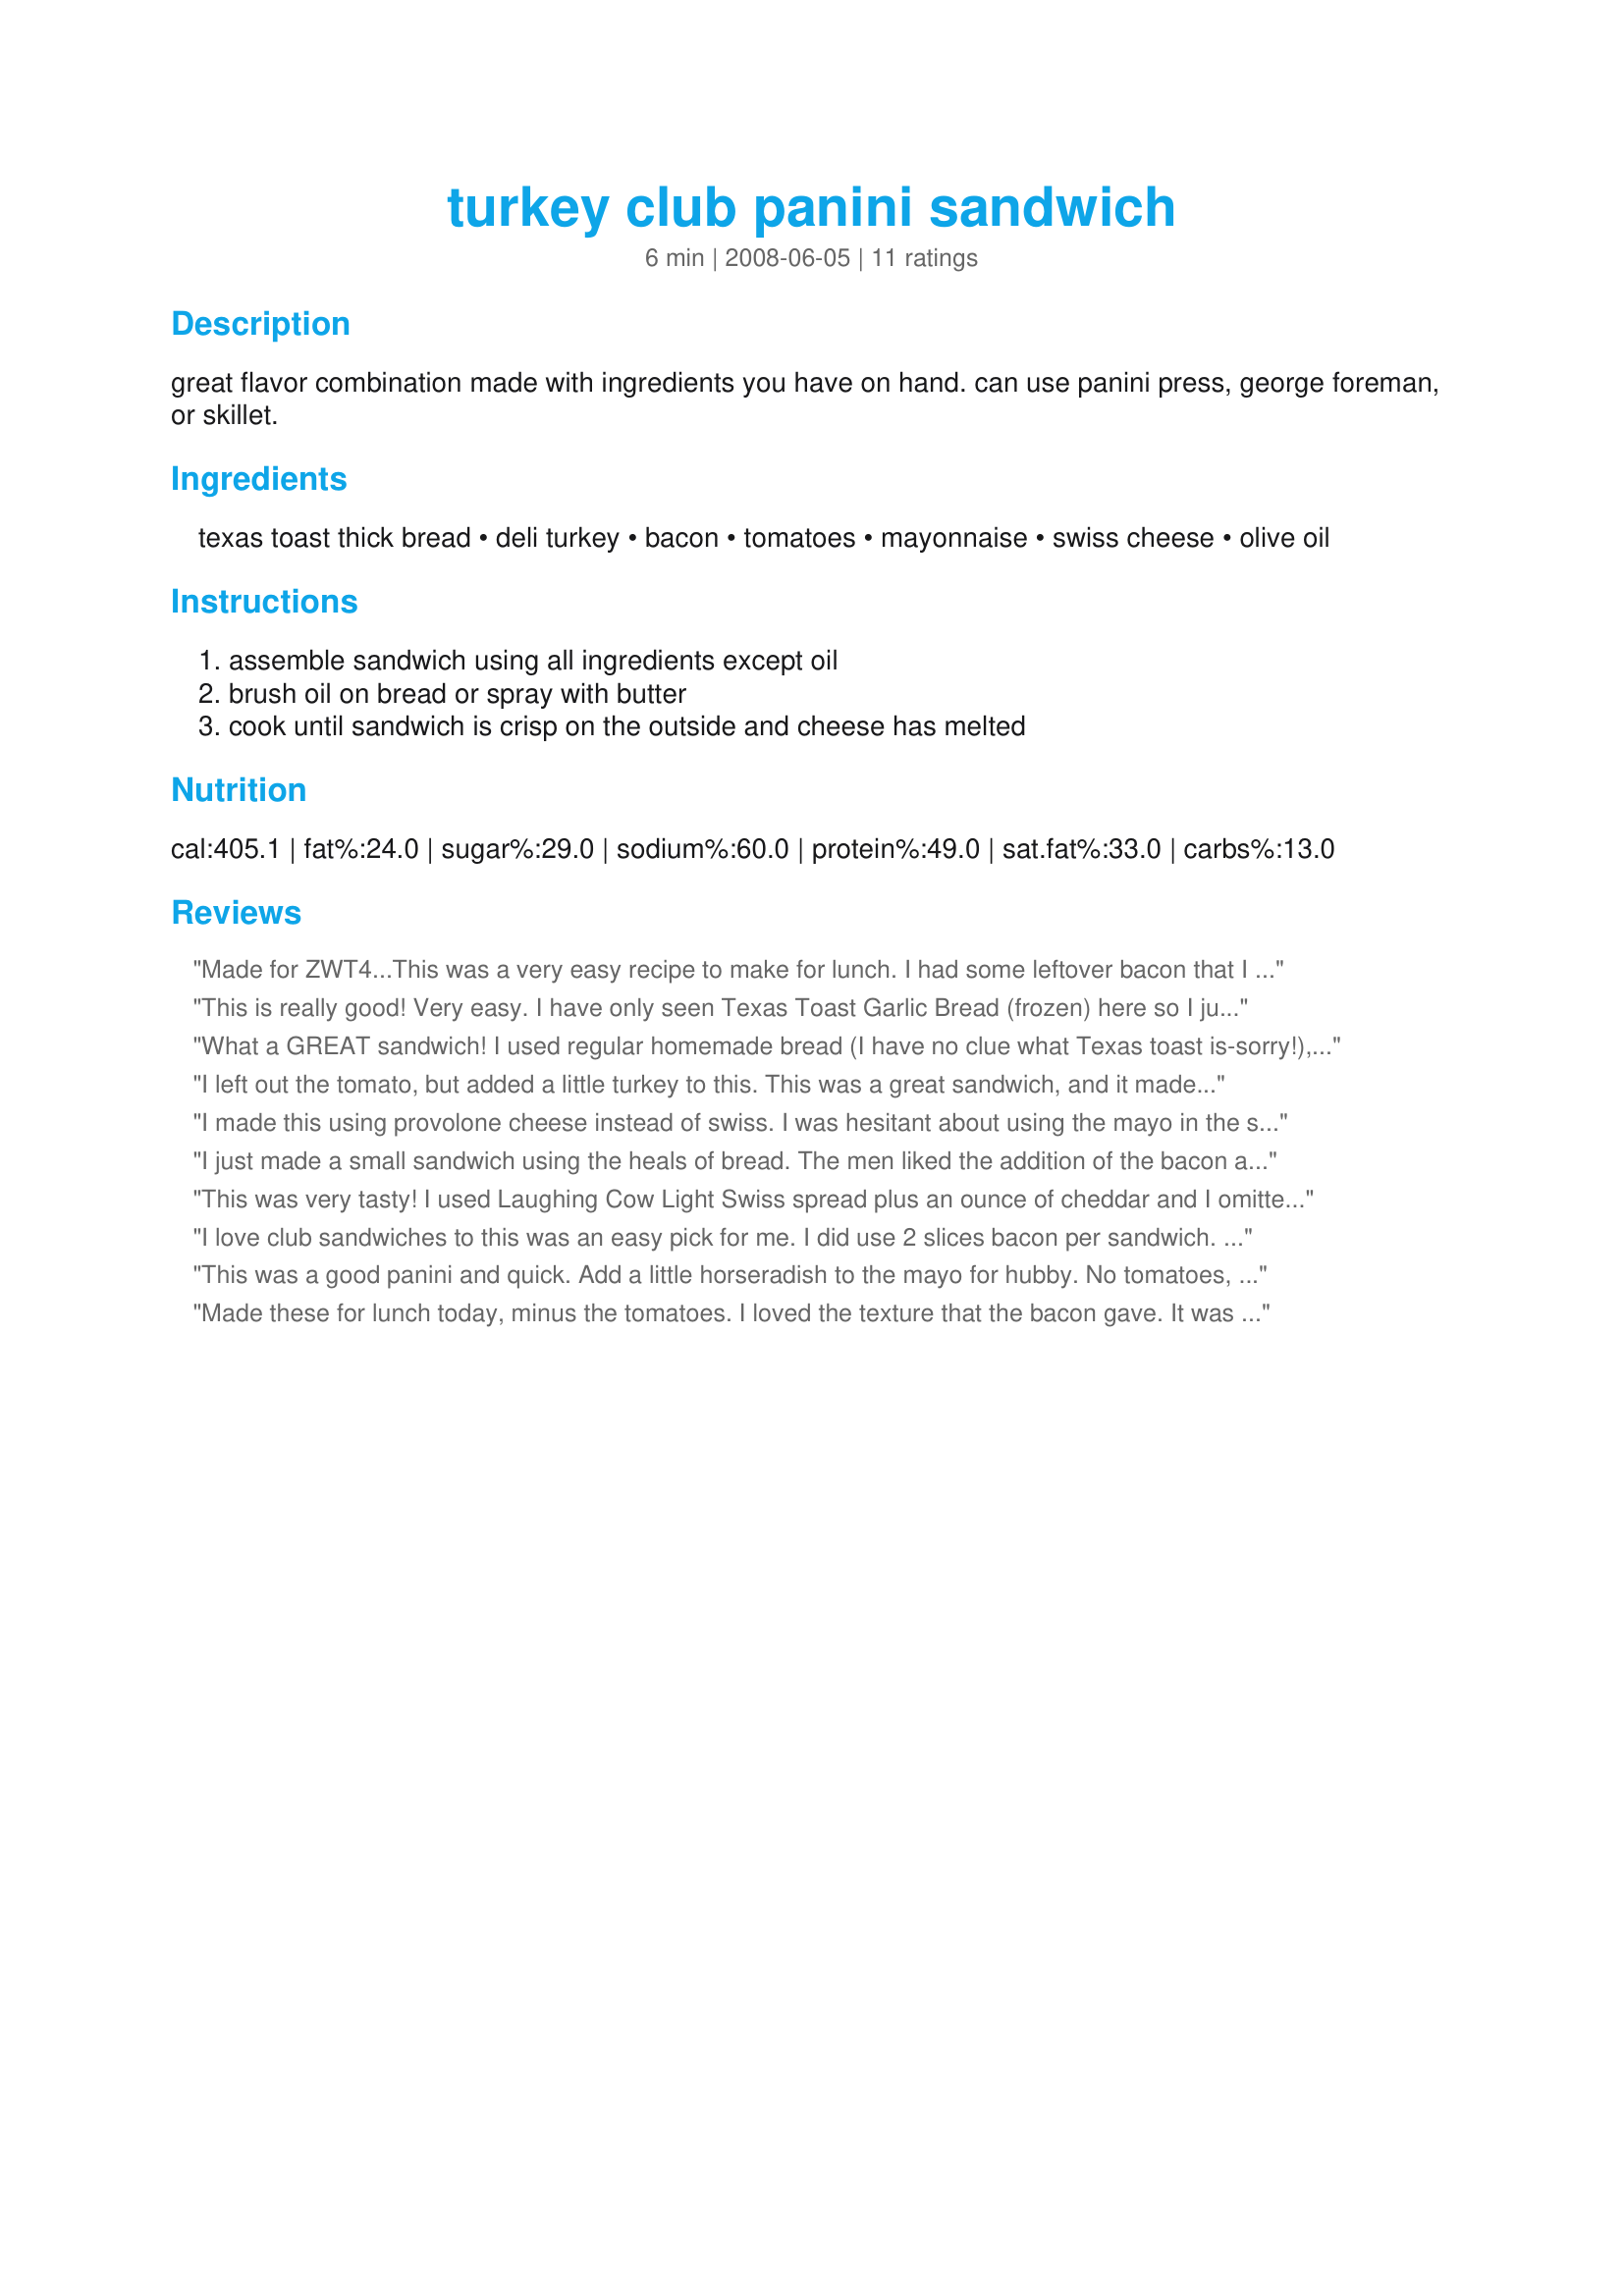
turkey club panini sandwich
Preparation time: 6 minutes

great flavor combination made with ingredients you have on hand. can use panini press, george foreman, or skillet.

Ingredients:
texas toast thick bread, deli turkey, bacon, tomatoes, mayonnaise, swiss cheese, olive oil

Steps:
assemble sandwich using all ingredients except oil, brush oil on bread or spray with butter, cook until sandwich is crisp on the outside and cheese has melted

Reviews:
Made for ZWT4...This was a very easy recipe to make for lunch. I had some leftover bacon that I had made for breakfast so it was very quick to make. I used a George Forman grill for it and it worked perfectly.
This is really good! Very easy. I have only seen Texas Toast Garlic Bread (frozen) here so I just used our regular bread. I saved this into the cookbook I have for my daughter with recipes that are easy to make while she is away at college. She has a press called The Sandwich Maker that she uses all the time. Great lunch!
What a GREAT sandwich!
I used regular homemade bread (I have no clue what Texas toast is-sorry!),and creamy 97% fat free mayonnaise,(which I had reservations about,but it was all my mum had).I doubled the recipe,but only used tomatoes in one.
We absolutely loved these...crisp salty bacon,ooey gooey cheese and delicious turkey all made for a wonderful sandwich.
Thanks Vicki...I'll be doing this again and again!
I left out the tomato, but added a little turkey to this. This was a great sandwich, and it made for a great mid day snack during the weekend. Thanks for posting. Made for Alphabet Tag..
I made this using provolone cheese instead of swiss. I was hesitant about using the mayo in the sandwich before cooking but it turned out delicious. Made for Zaar Stars Tag
I just made a small sandwich using the heals of bread. The men liked the addition of the bacon and so didn't I. You can see in the photo that I put spinach in one half of my panini. I thought I'll kill two birds with one stone that way. Both halves were very good. Made this with panini bread from the store. Made this for *Zaar World Tour 4* 2008 game, for the*Wild Card* *Italian Region* Thank you for posting
This was very tasty! I used Laughing Cow Light Swiss spread plus an ounce of cheddar and I omitted the tomato. I also used a 4" Italian roll for the bread. Thanks for posting!
I love club sandwiches to this was an easy pick for me. I did use 2 slices bacon per sandwich. I don't have a panini machine, but I do have a cast iron pig that I use for bacon so it won't curl! Worked perfectly for this. Goes on my menu to have again for quick lunch. Thnx for posting, Vicki. Made for ZWT4.
This was a good panini and quick. Add a little horseradish to the mayo for hubby. No tomatoes, I do not do tomatoes. Made this for Tastebud Tickling Travellers for ZWT4.
Made these for lunch today, minus the tomatoes. I loved the texture that the bacon gave. It was gooey and tasty. Yum.
Very nice flavors. I subbed Gouda for the Swiss with much success. The tomato made the bread too wet, so it fell apart in the middle. Next time I will add the tomato when it is finished cooking.
